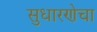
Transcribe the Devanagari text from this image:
सुधारणेचा